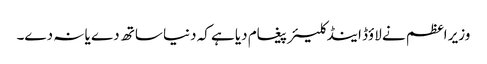
وزیر اعظم نے لاؤڈ اینڈ کلیئر پیغام دیا ہے کہ دنیا ساتھ دے یا نہ دے۔